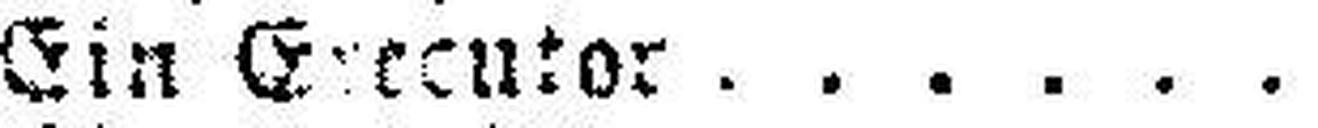
Ein Greentor